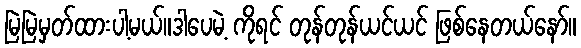
မြဲမြဲမှတ်ထားပါ့မယ်။ဒါပေမဲ့ ကိုရင် တုန်တုန်ယင်ယင် ဖြစ်နေတယ်နော်။